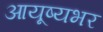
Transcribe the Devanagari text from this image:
आयूष्यभर